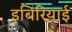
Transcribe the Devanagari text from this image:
इबिरियाई